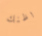
اظنك